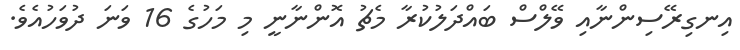
އިނގިރޭސިންނާއި ވޭލްސް ބައްދަލުކުރާ މެޗު އޮންނާނީ މި މަހުގެ 16 ވަނަ ދުވަހުއެވެ.